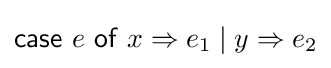
{\mathsf {case}}\ e\ {\mathsf {of}}\ x\Rightarrow e_{1}\mid y\Rightarrow e_{2}